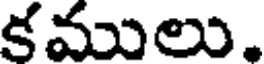
కములు.